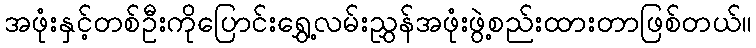
အဖုံးနှင့်တစ်ဦးကိုပြောင်းရွှေ့လမ်းညွှန်အဖုံးဖွဲ့စည်းထားတာဖြစ်တယ်။